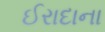
ઈરાદાના